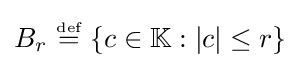
B_{r}~{\stackrel {\scriptscriptstyle {\text{def}}}{=}}~\{c\in \mathbb {K} :|c|\leq r\}